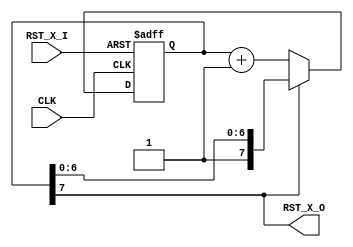
// This program was cloned from: https://github.com/archlabo/Frix
// License: BSD 2-Clause "Simplified" License

/*
 * Copyright (c) 2015, Arch Labolatory
 * All rights reserved.
 *
 * Redistribution and use in source and binary forms, with or without
 * modification, are permitted provided that the following conditions are met:
 *
 * 1. Redistributions of source code must retain the above copyright notice,
 *    this list of conditions and the following disclaimer.
 * 2. Redistributions in binary form must reproduce the above copyright notice,
 *    this list of conditions and the following disclaimer in the documentation
 *    and/or other materials provided with the distribution.
 *
 * THIS SOFTWARE IS PROVIDED BY THE COPYRIGHT HOLDERS AND CONTRIBUTORS "AS IS" AND
 * ANY EXPRESS OR IMPLIED WARRANTIES, INCLUDING, BUT NOT LIMITED TO, THE IMPLIED
 * WARRANTIES OF MERCHANTABILITY AND FITNESS FOR A PARTICULAR PURPOSE ARE
 * DISCLAIMED. IN NO EVENT SHALL THE COPYRIGHT OWNER OR CONTRIBUTORS BE LIABLE FOR
 * ANY DIRECT, INDIRECT, INCIDENTAL, SPECIAL, EXEMPLARY, OR CONSEQUENTIAL DAMAGES
 * (INCLUDING, BUT NOT LIMITED TO, PROCUREMENT OF SUBSTITUTE GOODS OR SERVICES;
 * LOSS OF USE, DATA, OR PROFITS; OR BUSINESS INTERRUPTION) HOWEVER CAUSED AND
 * ON ANY THEORY OF LIABILITY, WHETHER IN CONTRACT, STRICT LIABILITY, OR TORT
 * (INCLUDING NEGLIGENCE OR OTHERWISE) ARISING IN ANY WAY OUT OF THE USE OF THIS
 * SOFTWARE, EVEN IF ADVISED OF THE POSSIBILITY OF SUCH DAMAGE.
 *
 */

module RSTGEN(CLK, RST_X_I, RST_X_O);
    input  CLK, RST_X_I;
    output RST_X_O;

    reg [7:0] cnt;
    assign RST_X_O = cnt[7];

    always @(posedge CLK or negedge RST_X_I) begin
        if      (!RST_X_I) cnt <= 0;
        else if (~RST_X_O) cnt <= (cnt + 1'b1);
    end
endmodule